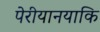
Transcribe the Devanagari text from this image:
पेरीयानयाकि